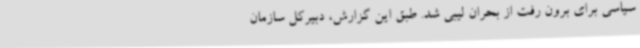
سیاسی برای برون رفت از بحران لیبی شد. طبق این گزارش، دبیرکل سازمان